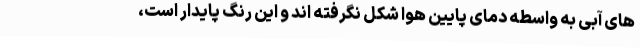
های آبی به واسطه دمای پایین هوا شکل نگرفته اند و این رنگ پایدار است،